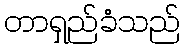
တာရှည်ခံသည်